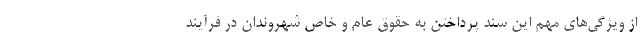
از ویژگی‌های مهم این سند پرداختن به حقوق عام و خاص شهروندان در فرآیند